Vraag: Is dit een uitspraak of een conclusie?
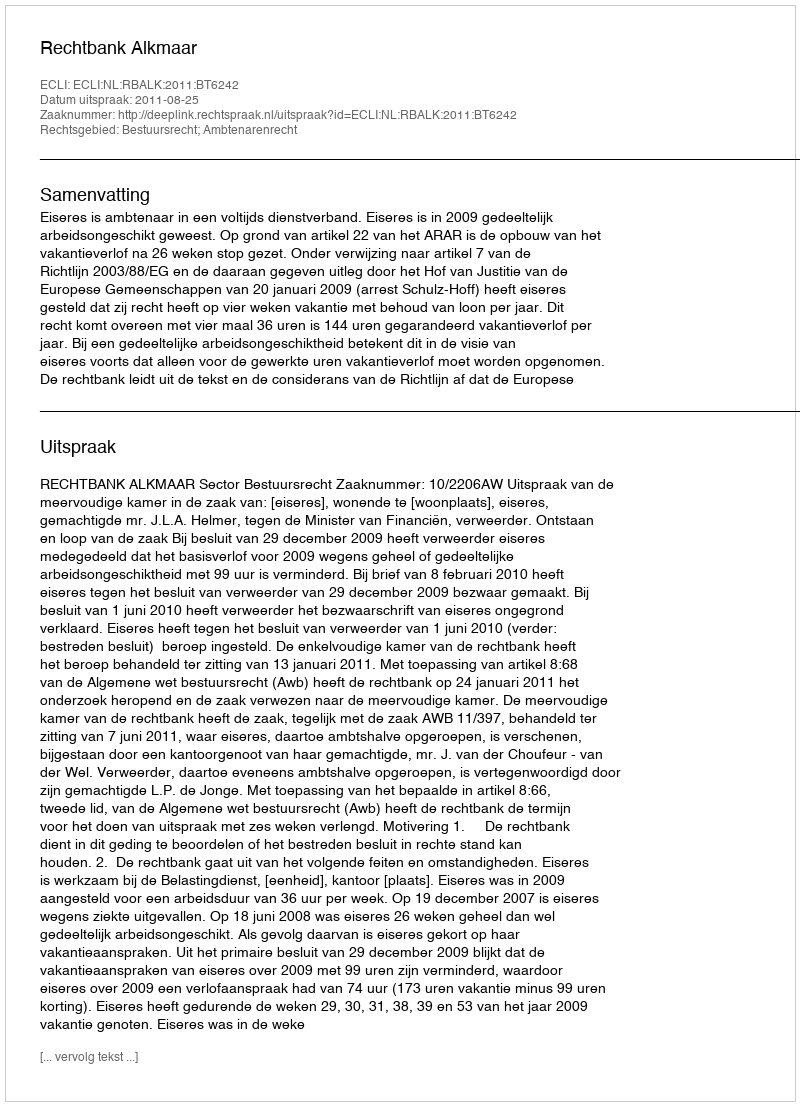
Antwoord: Uitspraak